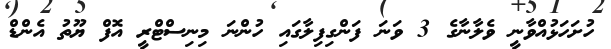
ހުށަހަޅުއްވާނީ ވެލާނާގެ 3 ވަނަ ފަންގިފިލާގައި ހުންނަ މިނިސްޓްރީ އޮފް ޔޫތު އެންޑް